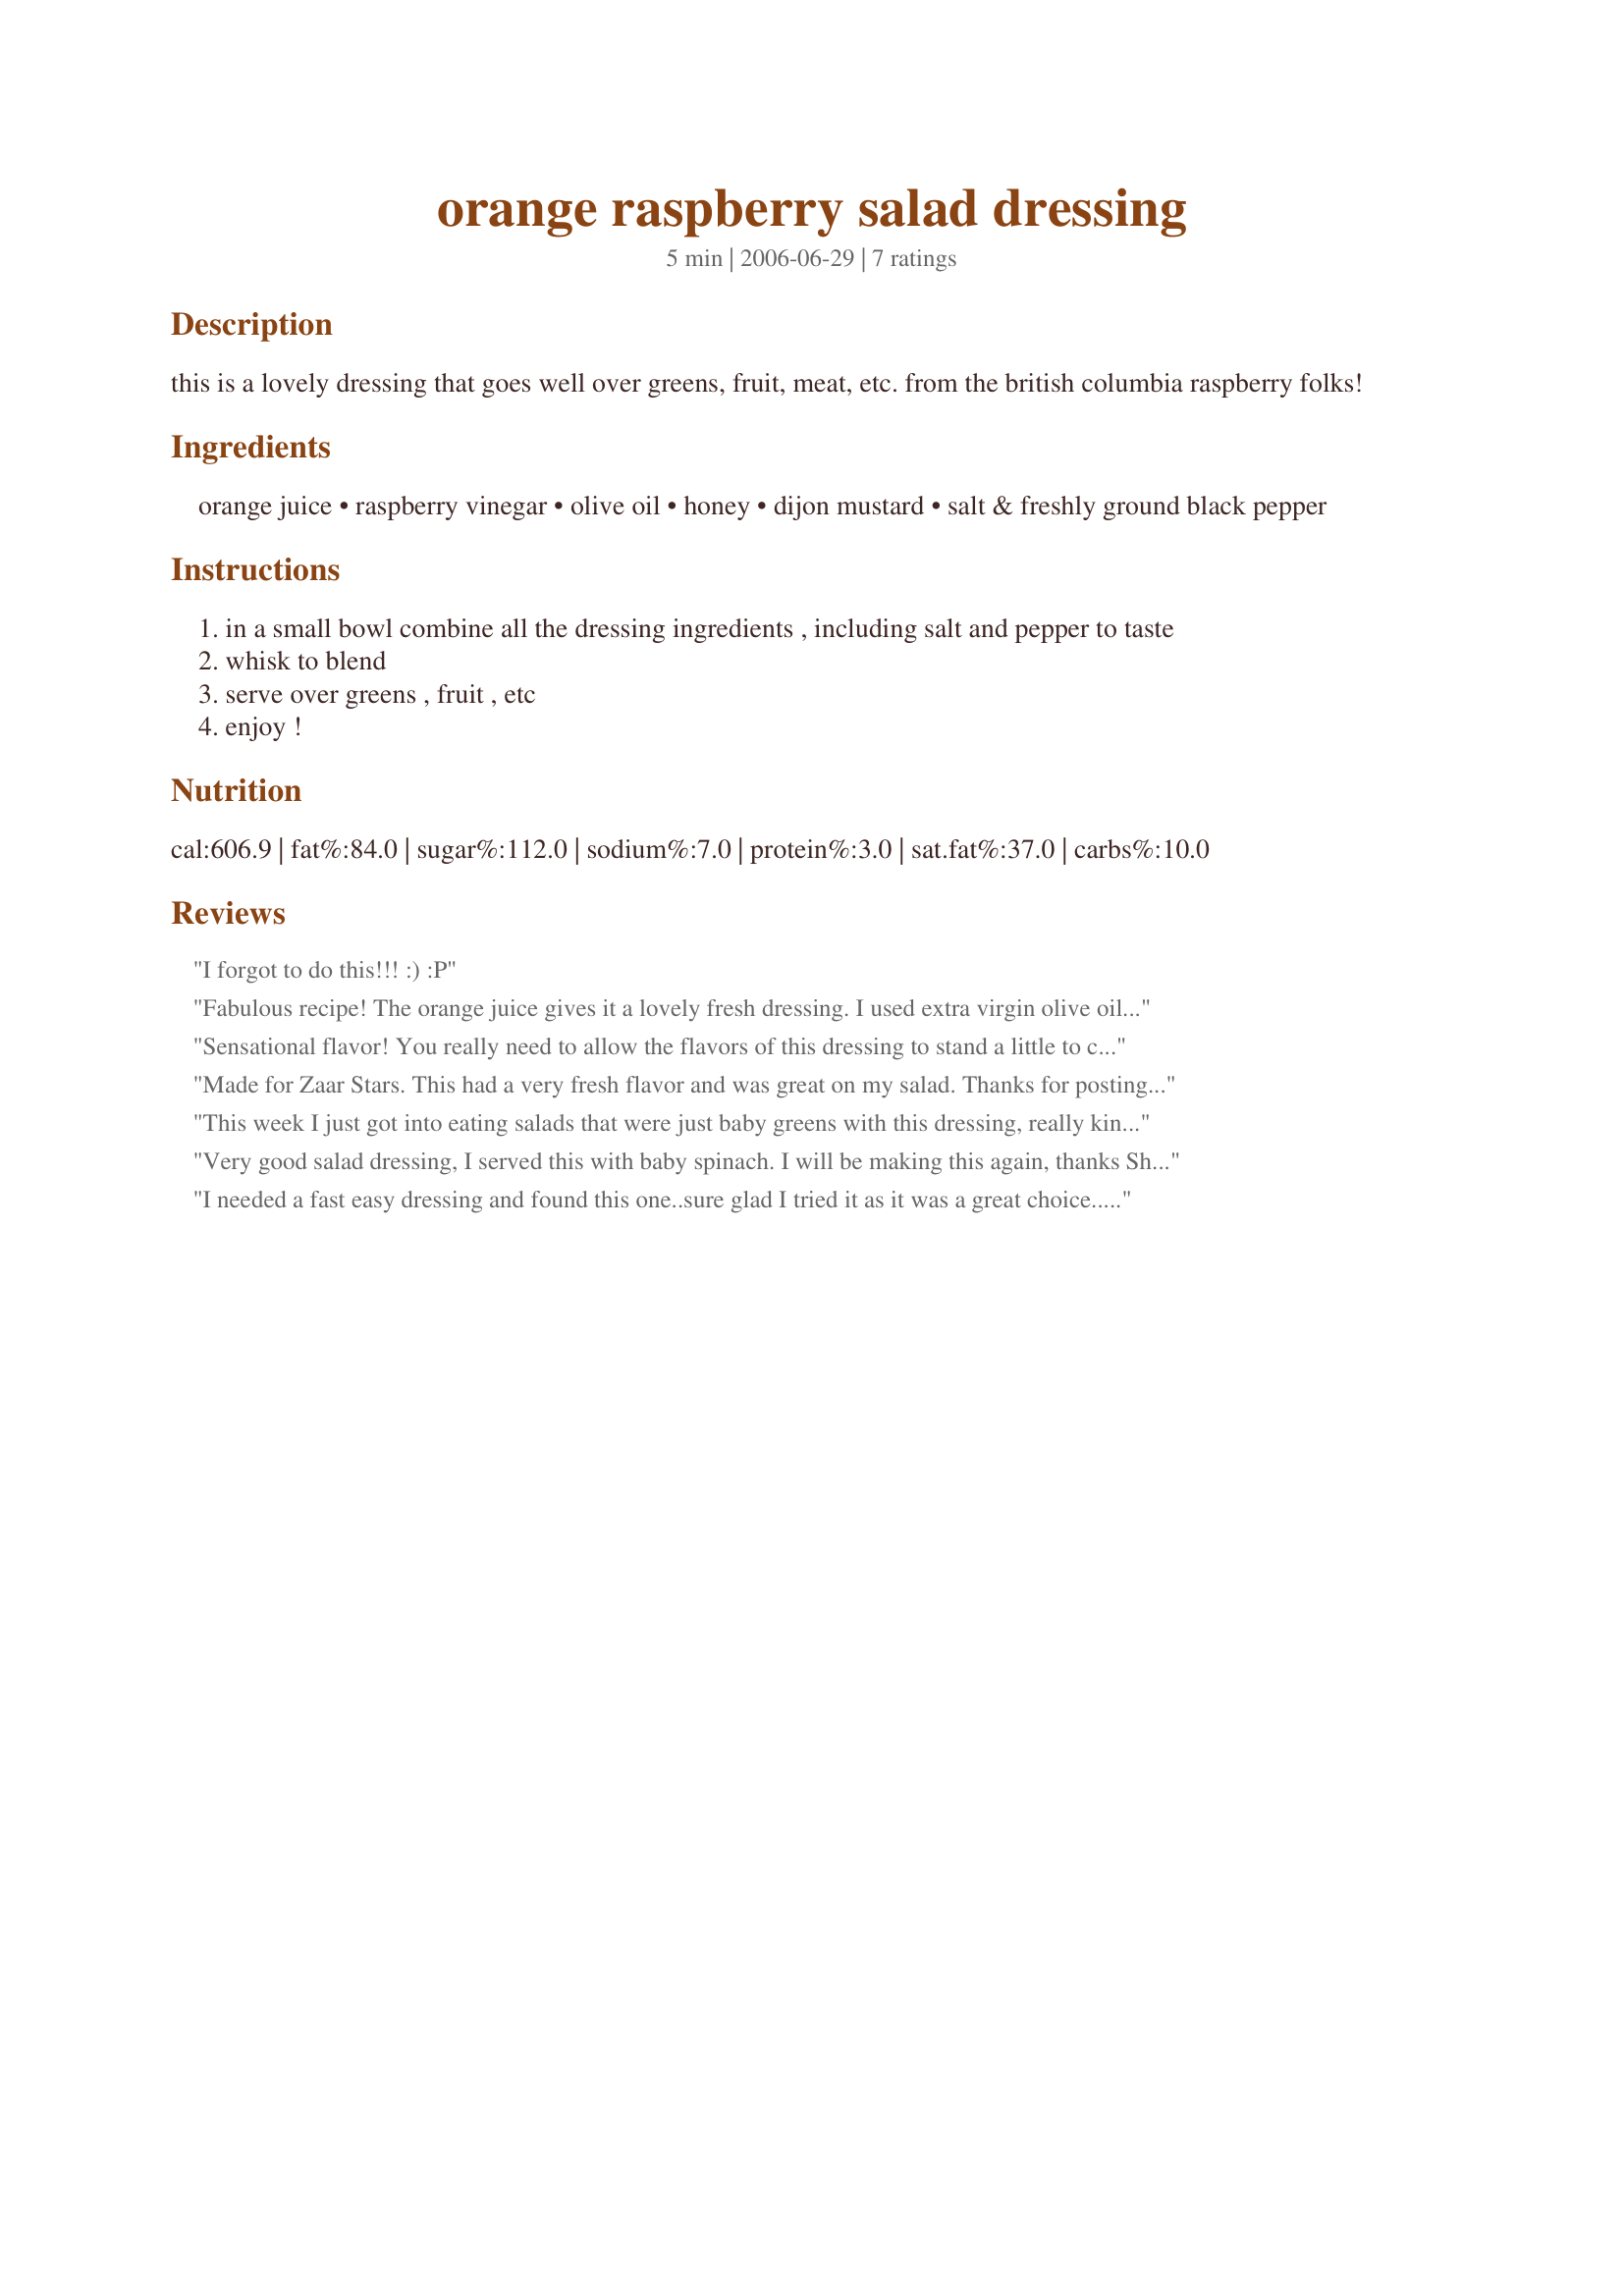
orange raspberry salad dressing
Preparation time: 5 minutes

this is a lovely dressing that goes well over greens, fruit, meat, etc. from the british columbia raspberry folks!

Ingredients:
orange juice, raspberry vinegar, olive oil, honey, dijon mustard, salt & freshly ground black pepper

Steps:
in a small bowl combine all the dressing ingredients , including salt and pepper to taste
whisk to blend
serve over greens , fruit , etc
enjoy !

Reviews:
I forgot to do this!!!
:) :P
Fabulous recipe! The orange juice gives it a lovely fresh dressing. I used extra virgin olive oil, and a little less mustard than stated because i didn't want it to be too strong for the children. Thanks Sharon :)
Sensational flavor! You really need to allow the flavors of this dressing to stand a little to come completely together to obtain the full effect of this combination! I served this with recipe #209142 for a winning combination. Thank you, Sharon123!
Made for Zaar Stars. This had a very fresh flavor and was great on my salad. Thanks for posting this Sharon!
This week I just got into eating salads that were just baby greens with this dressing, really kind of addicted at the moment. Mmmmmmmm!
Very good salad dressing, I served this with baby spinach. I will be making this again, thanks Sharon for another great recipe!
I needed a fast easy dressing and found this one..sure glad I tried it as it was a great choice...I used sugar free honey and low sugar orange juice...it came out perfect.
